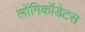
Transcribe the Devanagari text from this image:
लोंगिकॉडेटस